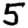
Digit: 5